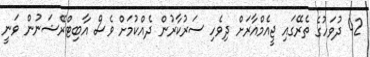
42 ދުވަހުގެ ތެރޭގައި ޖީއެމްއާރަށް ދިވެހި ސަރުކާރުން ދެއްކުމަށް ވެސް އާބިޓްރޭޝަނުން ވަނީ